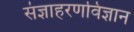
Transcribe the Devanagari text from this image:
संज्ञाहरणविज्ञान